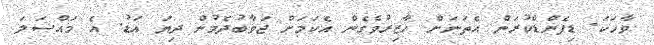
ވާހަކަ. ޑިފެންޑްކުރަން އެތަނަށް ހާޒިރުވެގެން އެކަމަށް ޖަވާބުދެމުން ދިޔަ އަޑު. އެ މައްސަލަ